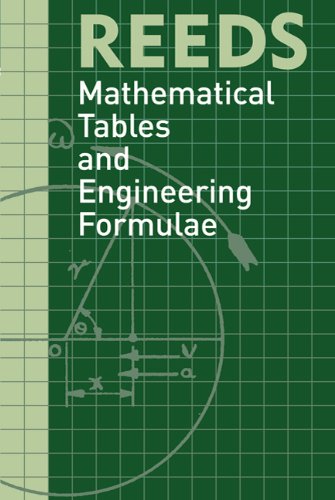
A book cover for Reeds Mathematical Tables and Engineering Formulae; David Reid; Engineering & Transportation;